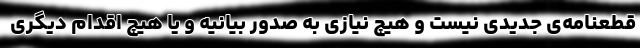
قطعنامه‌­­ی جدیدی نیست و هیچ نیازی به صدور بیانیه و یا هیچ اقدام دیگری